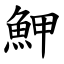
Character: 魻